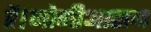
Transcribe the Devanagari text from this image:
है।जोगीआसन